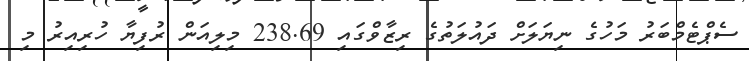
ސެޕްޓެމްބަރު މަހުގެ ނިޔަލަށް ދައުލަތުގެ ރިޒާވްގައި 238.69 މިލިއަން ރުފިޔާ ހުރިއިރު މި